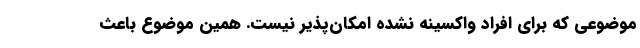
موضوعی که برای افراد واکسینه نشده امکان‌پذیر نیست. همین موضوع باعث